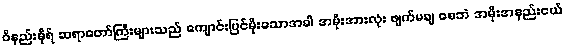
ဝိနည်းဓိုရ် ဆရာတော်ကြီးများသည် ကျောင်းပြင်မိုးသောအခါ အမိုးအားလုံး ဖျက်မချ စေဘဲ အမိုးအနည်းငယ်